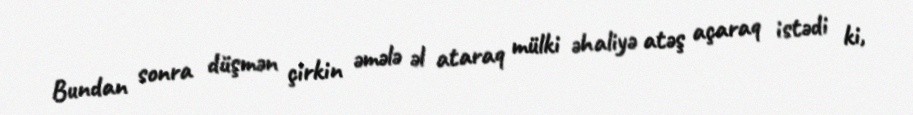
Bundan sonra düşmən çirkin əmələ əl ataraq mülki əhaliyə atəş açaraq istədi ki,